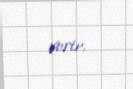
verir.